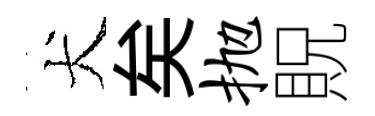
犬矣抛貺